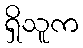
ရှိသူက